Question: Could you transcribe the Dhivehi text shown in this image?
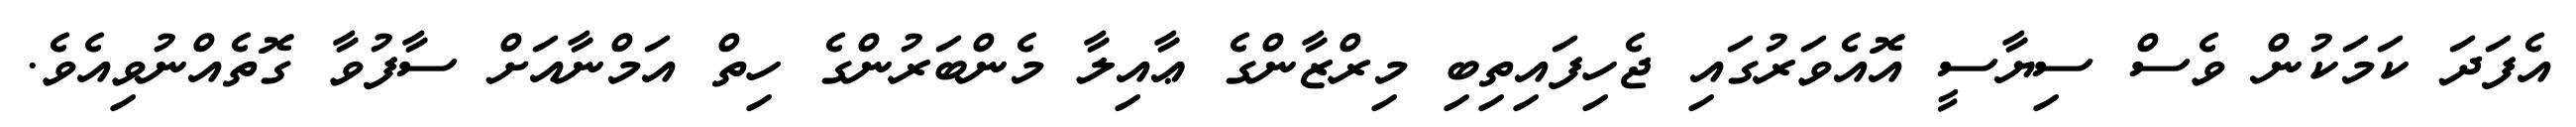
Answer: އެފަދަ ކަމަކުން ވެސް ސިޔާސީ އޮއެވަރުގައި ޖެހިފައިތިބި މިރްޒާންގެ ޢާއިލާ މެންބަރުންގެ ހިތް އަމްނާއަށް ސާފުވާ ގޮތެއްނުވިއެވެ.